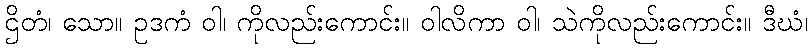
ဌိတံ၊ သော။ ဥဒကံ ဝါ၊ ကိုလည်းကောင်း။ ဝါလိကာ ဝါ၊ သဲကိုလည်းကောင်း။ ဒီဃံ၊